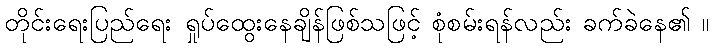
တိုင်းရေးပြည်ရေး ရှုပ်ထွေးနေချိန်ဖြစ်သဖြင့် စုံစမ်းရန်လည်း ခက်ခဲနေ၏ ။